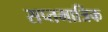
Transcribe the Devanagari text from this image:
सप्तमात्रिक